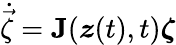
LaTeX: \dot{\vec{\zeta}}=\mathbf{J}(\boldsymbol{z}(t),t)\boldsymbol{\zeta}